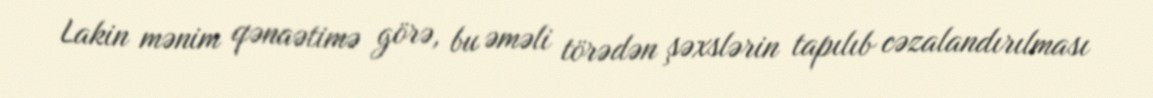
Lakin mənim qənaətimə görə, bu əməli törədən şəxslərin tapılıb cəzalandırılması